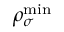
\rho _ { \sigma } ^ { \mathrm { m i n } }